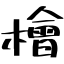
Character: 檜